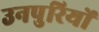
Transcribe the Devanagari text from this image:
उनपुरियों